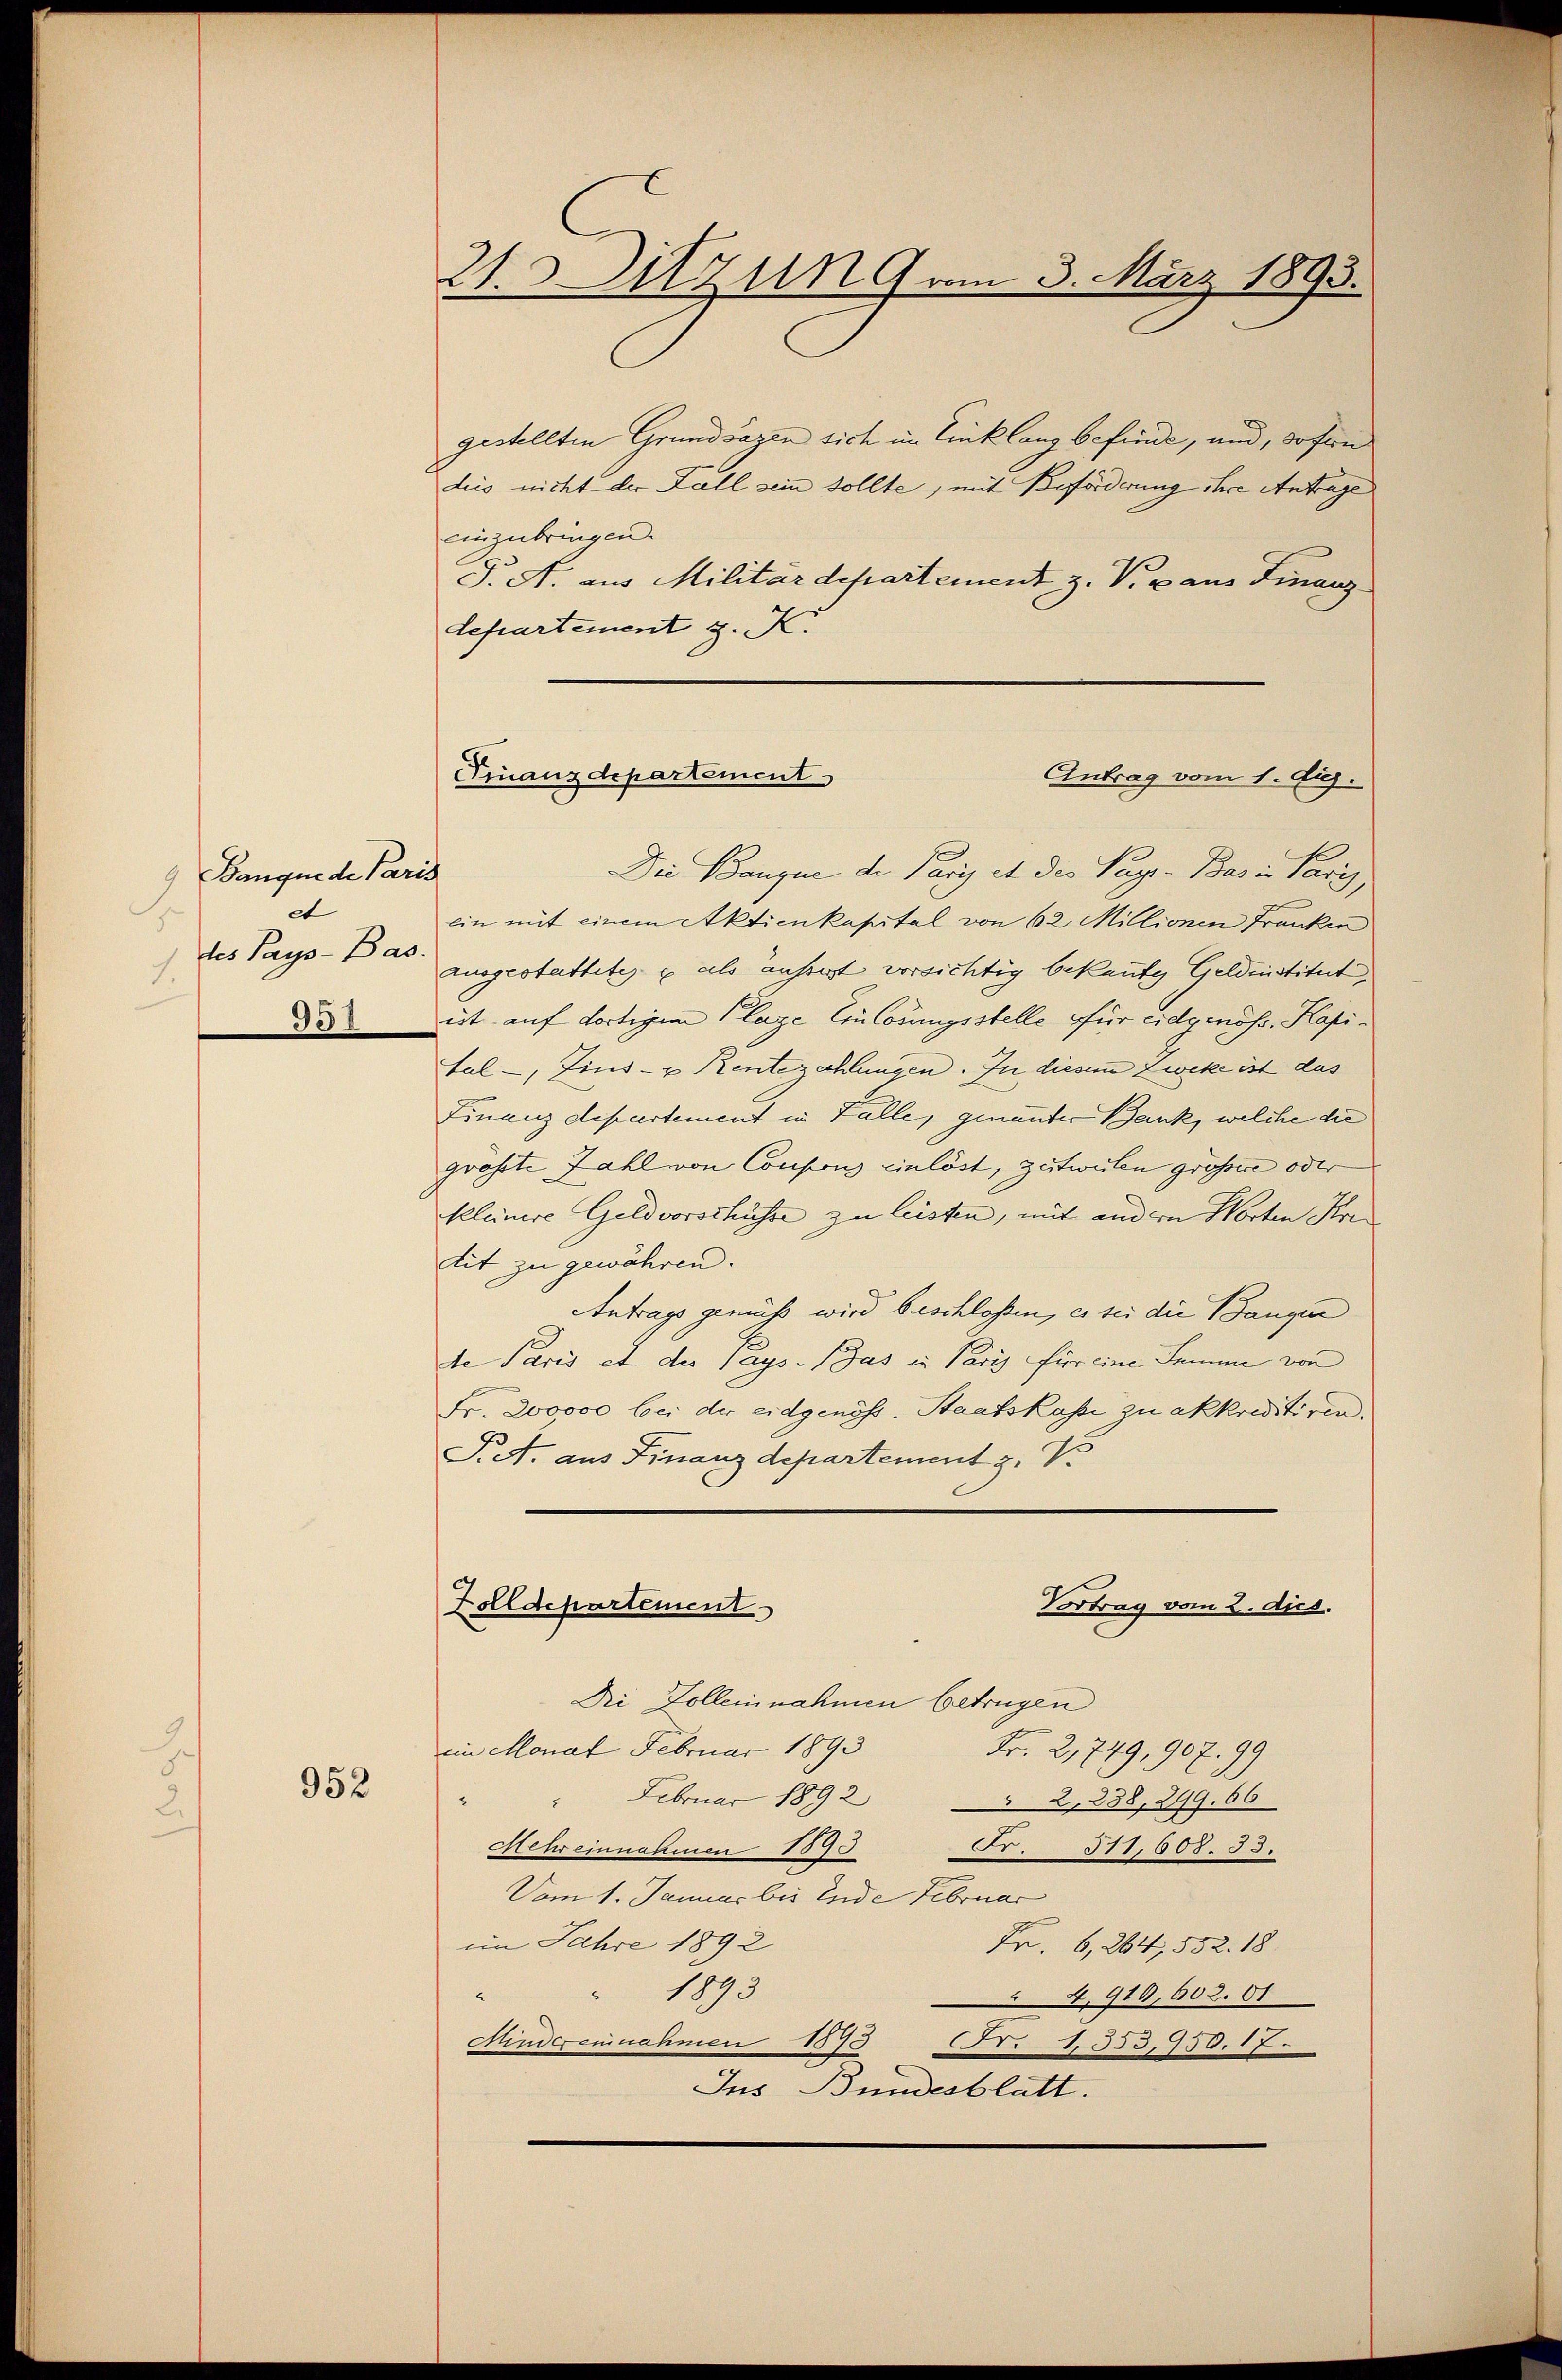
9 Banque de Paris
et
1
des Pays - Bas
1.
951

952

21.Ditzung vom 3. März 1893.

gestellten Grundsazen sich im Einklang befinde, und, sofern
dies nicht der Fall sein sollte, mit Beförderung ihre Antrage
einzubringen.
S. A. aus Militärdepartement z. V. aus Finanz
departement z. K.

Finanzdepartements
Antrag vom 1. Aug.
Die Baugne de Paris et der Paye-Bas in Paris,

ein mit einem Aktienkapital von 62 Millionen Franken
ausgestattetes & als aussest vorsichtig bekannte, Geldinstitut,
ist auf dortigen Plage Einlösungsstelle für eidgenöss. Kapital-, Zins- u Rentezahlungen. In diesem Zweke ist das
Finanzdepartement in Fälle, genannter Bank, welche die
grosste Zahl von Consions einlöst, zeitweilen grössere oder
kleinere Geldvorschüsse zu leisten, mit andern Worten Kre
tit zu gewähren.
Antrags gemäß wird beschlossen, es sei die Bangen
de Paris et der says. Bas in Paris für eine Summe von
Fr. 200000 bei der eidgenöss. Staatskasse zu akkreditiren.
P.A. aus Finanzdepartement z. V
Zolldepartement
Vortrag vom 2. Aps.
Di Kolleinnahmen betrügen
im Monat Februar 1893
Fr. 2, 749, 907. 99
 Februar 1892
 2,238, 299. 66
Mehr einnahmen 1895
Fr. 311,608. 33.
Vom 1. Januar bis Ende Februar
im Jahre 1892
Fr. 6, 264, 552. 18.
 1893
A
4,910, 602. 61
Mindereinnahmen 1573
Nr. 1353,950. 17.
Ins Bundesblatt.